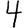
Digit: 4